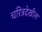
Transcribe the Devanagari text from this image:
चरित्रदेखील